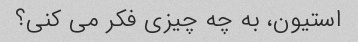
استیون، به چه چیزی فکر می کنی؟